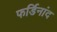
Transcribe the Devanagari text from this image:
फर्डिनांद